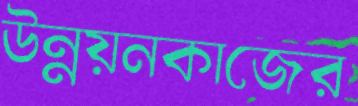
উন্নয়নকাজের